Lock hospitals Punjab
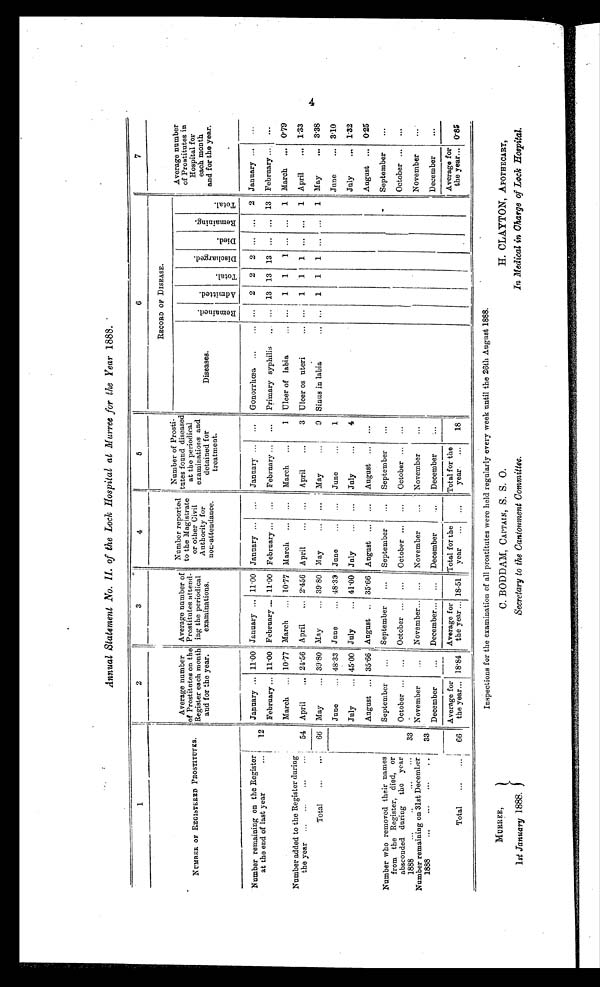
MURREE,
1st January 1888.
C. BODDAM, CAPTAIN, S. S. 0.
Secretary to the Cantonment Committee.
H. CLAYTON, APOTHECARY,
In Medical in Charge of Lock Hospital.
Annual Statement No. II. of the Lock Hospital at Murree for the Year 1888.
1
2
3
4
6
6
7
NUMBER OF REGISTERED PROSTITUTES.
Average number
of Prostitutes on the
Register each month
and for the year.
Average number of
Prostitutes attend-
ing the periodical
examinations.
Number reported
to the Magistrate
or other Civil
Authority for
non-attendance.
Number of Prosti-
tutes found diseased
at the periodical
examinations and detained for treatment.
RECORD OF DISEASE.
Average number
of Prostitutes in
Hospital for
each month
and for the year.
Diseases.
R e m a i n e d .
A d m i t t e d .
T o t a l .
D i s c h a r g e d .
Di ed.
R e m a i n i n g .
T o t a l .
Number remaining on the Register
at the end of last year
12
January ... 11.00 January
11.00 January
. . . January
...
Gonorrhœa
...
2
2 2 ...
. . . 2 January
...
February
11.00 February
11.00 February
...
February
...
Primary syphilis
. . . 13 13 13 ... ... 13 February
...
Number added to the Register during
the year
March
10.77 March
10.77 March
...
March
1 Ulcer of labia
. . .
1 1
1 ...
. . . 1 March ... 0.79
54 April
24.56 April
2.456 April
... April
3 Ulcer os uteri
1 1 1 ...
. . . 1 April
1.33
Total
66 May
39.80 May
39.80 May
... May
9 Sinus in labia
. . . 1 1 1 ... ... 1 May
3.38
June
48.33 June
48.33 Jane
... June
1
June
3.10
July
45.00 July
41.00 July
. . . July
4
July
1.32
August
35.66 August
35.66 August
. . . August
. . .
August
0.25
Number who removed their names
from the Register, died, or
absconded during the year
1888
September
. . .
September
. . . September
...
September
. . .
September
. . .
33
October
. . .
October
. . . October ... ...
October
...
October
...
Number remaining on 31st December
1888
November
...
November
...
November
...
November
...
November
. . .
December
...
December... ...
December
..
December
...
December
. . .
Total
66
Average for
the year
18.84
Average for
the year
18.51
Total for the
year
Total for the
year
18
Average for the year
0.85
Inspections for the examination of all prostitutes were held regularly every week until the 26th August 1888.